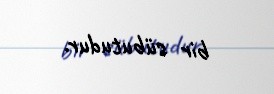
bir sübutudur.